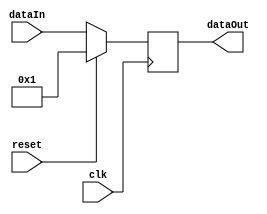
`timescale 1ns / 1ps
//////////////////////////////////////////////////////////////////////////////////
// Company: 
// Engineer: 
// 
// Design Name: 
// Module Name:    nBitRegister 
// Project Name: 
// Target Devices: 
// Tool versions: 
// Description: 
//
// Dependencies: 
//
// Revision: 
// Revision 0.01 - File Created
// Additional Comments: 
//
//////////////////////////////////////////////////////////////////////////////////
module RegisterAccChain(clk,reset,dataIn,dataOut);

parameter n=8;

input clk,reset;
input[n-1:0] dataIn;
output reg[n-1:0] dataOut=0;

always@(posedge clk)begin

	if(reset)
		dataOut <= 1;
	else
	   dataOut <= dataIn;

end

endmodule